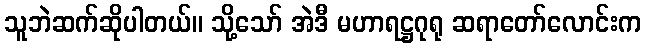
သူဘဲဆက်ဆိုပါတယ်။ သို့သော် အဲဒီ မဟာရဋ္ဌဂုရု ဆရာတော်လောင်းက